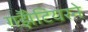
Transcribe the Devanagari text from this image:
गॕझेटियरने